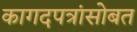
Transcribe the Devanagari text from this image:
कागदपत्रांसोबत